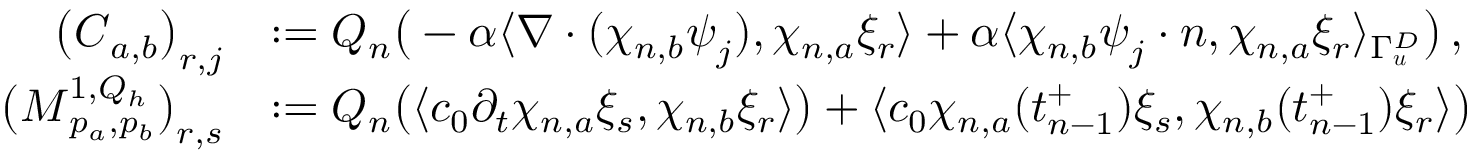
\begin{array} { r l } { \big ( \boldsymbol C _ { { a } , { b } } \big ) _ { r , j } } & { : = Q _ { n } \big ( - \alpha \langle \nabla \cdot ( \chi _ { n , b } \boldsymbol \psi _ { j } ) , \chi _ { n , a } \xi _ { r } \rangle + \alpha \langle \chi _ { n , b } \boldsymbol \psi _ { j } \cdot \boldsymbol n , \chi _ { n , a } \xi _ { r } \rangle _ { \Gamma _ { \boldsymbol u } ^ { D } } \big ) \, , } \\ { \big ( \boldsymbol M _ { p _ { a } , p _ { b } } ^ { 1 , Q _ { h } } \big ) _ { r , s } } & { : = Q _ { n } \big ( \langle c _ { 0 } \partial _ { t } \chi _ { n , a } \xi _ { s } , \chi _ { n , b } \xi _ { r } \rangle \big ) + \langle c _ { 0 } \chi _ { n , a } ( t _ { n - 1 } ^ { + } ) \xi _ { s } , \chi _ { n , b } ( t _ { n - 1 } ^ { + } ) \xi _ { r } \rangle \big ) } \end{array}